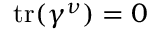
\operatorname { t r } ( \gamma ^ { \nu } ) = 0